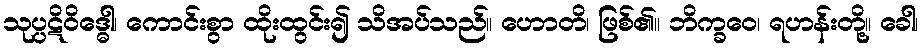
သုပ္ပဋိဝိဒ္ဓေါ၊ ကောင်းစွာ ထိုးထွင်း၍ သိအပ်သည်။ ဟောတိ၊ ဖြစ်၏။ ဘိက္ခဝေ၊ ရဟန်းတို့။ ခေါ၊